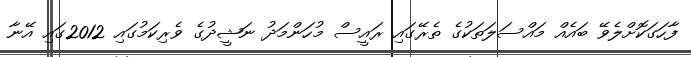
ފާހަގަކޮށްލެވޭ ބައެއް މައްސަލަތަކުގެ ތެރޭގައި ރައީސް މުހަންމަދު ނަޝީދުގެ ވެރިކަމުގައި 2012ގައި އޭނާ